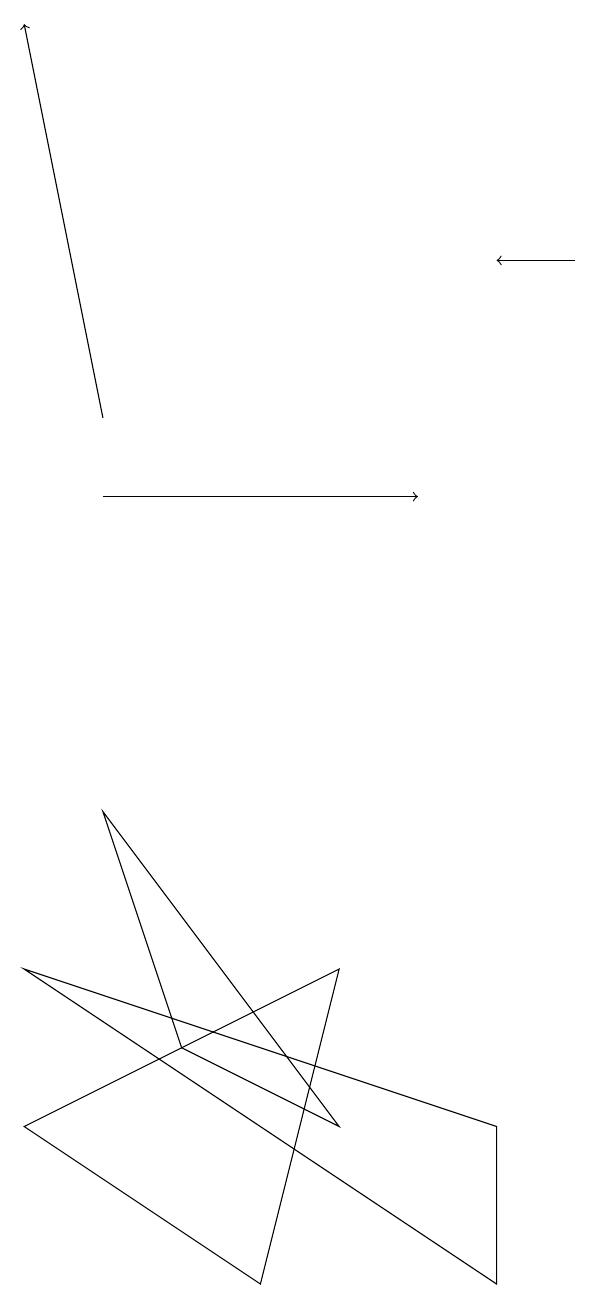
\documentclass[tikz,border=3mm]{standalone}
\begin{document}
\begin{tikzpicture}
\draw[->] (2,10) -- (6,10);
\draw[->] (2,11) -- (1,16);
\draw (5,4) -- (1,2) -- (4,0) -- cycle;
\draw[->] (8,13) -- (7,13);
\draw (1,4) -- (7,0) -- (7,2) -- cycle;
\draw (5,2) -- (3,3) -- (2,6) -- cycle;
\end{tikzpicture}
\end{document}